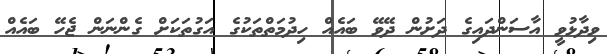
ވިދާޅުވީ އާސަންދައިގެ ދަށުން ދޭވޭ ބައެއް ހިދުމަތްތަކުގެ އަގުތަކަށް ގެންނަން ޖެހޭ ބައެއް